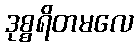
ဒုစ္စရိတမလေ